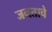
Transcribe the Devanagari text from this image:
जनताचे